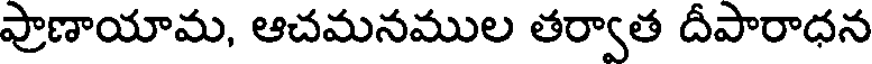
ప్రాణాయామ, ఆచమనముల తర్వాత దీపారాధన